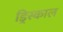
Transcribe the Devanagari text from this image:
ड्रिस्काल